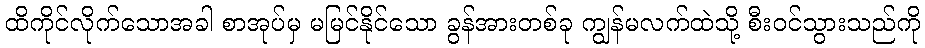
ထိကိုင်လိုက်သောအခါ စာအုပ်မှ မမြင်နိုင်သော ခွန်အားတစ်ခု ကျွန်မလက်ထဲသို့ စီးဝင်သွားသည်ကို